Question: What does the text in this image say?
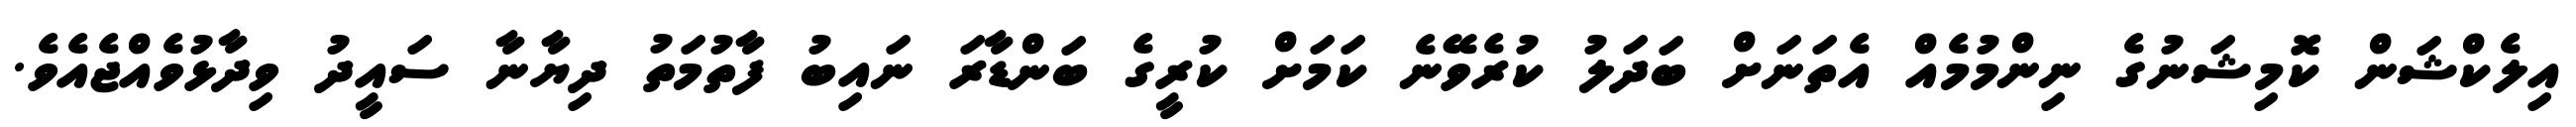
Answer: އިލެކްޝަން ކޮމިޝަނުގެ ނިންމުމެއް އެތަނަށް ބަދަލު ކުރެވޭނެ ކަމަށް ކުރީގެ ބަންޑާރަ ނައިބު ފާތުމަތު ދިޔާނާ ސައީދު ވިދާޅުވެއްޖެއެވެ.